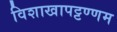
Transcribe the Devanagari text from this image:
विशाखापट्टण्णम